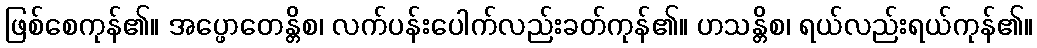
ဖြစ်စေကုန်၏။ အပ္ဖောတေန္တိစ၊ လက်ပန်းပေါက်လည်းခတ်ကုန်၏။ ဟသန္တိစ၊ ရယ်လည်းရယ်ကုန်၏။